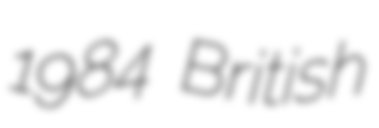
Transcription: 1984 British